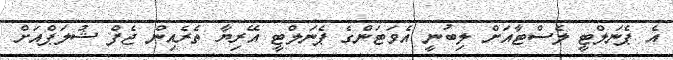
އެ ޕެނަލްޓީ ލެސްޓާއަށް ލިބުނީ އެވަޓަންގެ ޕެނަލްޓީ އޭރިޔާ ތެރެއިން ޖެފް ޝުލަޕްއަށް